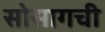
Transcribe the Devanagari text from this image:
सोसागची